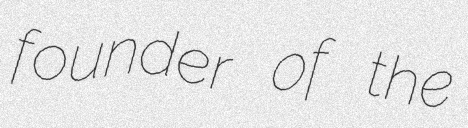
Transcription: founder of the